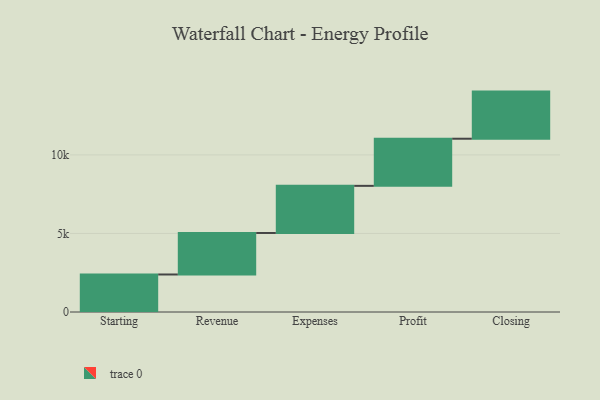
{"axis": {"x": "Step", "y": "Value"}, "legend": [""], "data": [{"x": "Starting", "y": 2388.0, "type": ""}, {"x": "Revenue", "y": 2643.0, "type": ""}, {"x": "Expenses", "y": 3000, "type": ""}, {"x": "Profit", "y": 3000, "type": ""}, {"x": "Closing", "y": 3000, "type": ""}]}